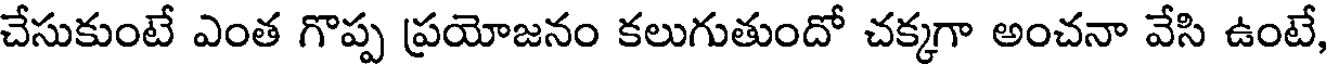
చేసుకుంటే ఎంత గొప్ప ప్రయోజనం కలుగుతుందో చక్కగా అంచనా వేసి ఉంటే